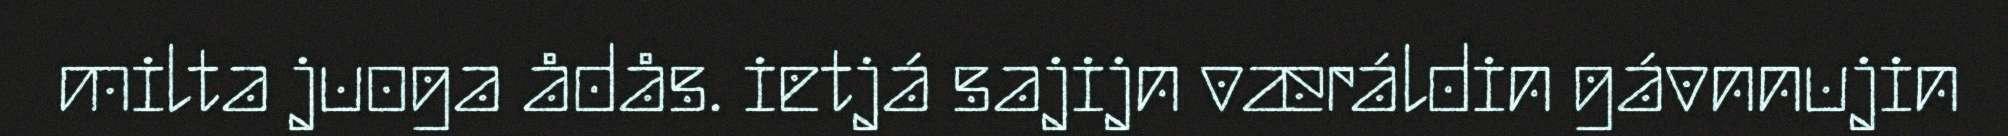
milta juoga ådås. ietjá sajijn væráldin gávnnujin